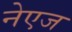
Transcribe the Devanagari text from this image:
नेएज